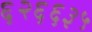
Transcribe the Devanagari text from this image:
६२६६३५